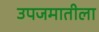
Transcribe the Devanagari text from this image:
उपजमातीला